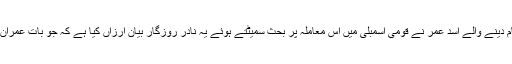
وفاقی وزیر اور کوروناوائرس ٹاسک فورس کے سربراہ کے طور پر خدمات سرانجام دینے والے اسد عمر نے قومی اسمبلی میں اس معاملہ پر بحث سمیٹتے ہوئے یہ نادر روزگار بیان ارزاں کیا ہے کہ جو بات عمران خان شروع دن سے کہہ رہے ہیں، اب پوری دنیا اسے ماننے پر مجبور ہوچکی ہے۔